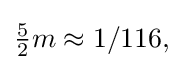
{\textstyle {\frac {5}{2}}m\approx 1/116,}